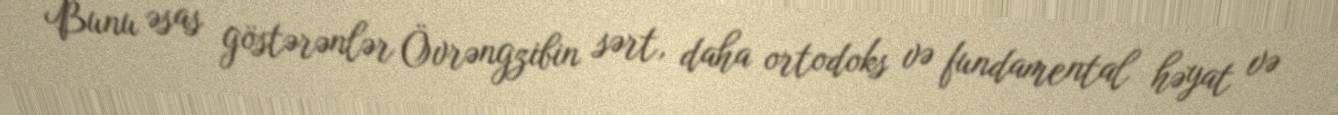
Bunu əsas göstərənlər Övrəngzibin sərt, daha ortodoks və fundamental həyat və